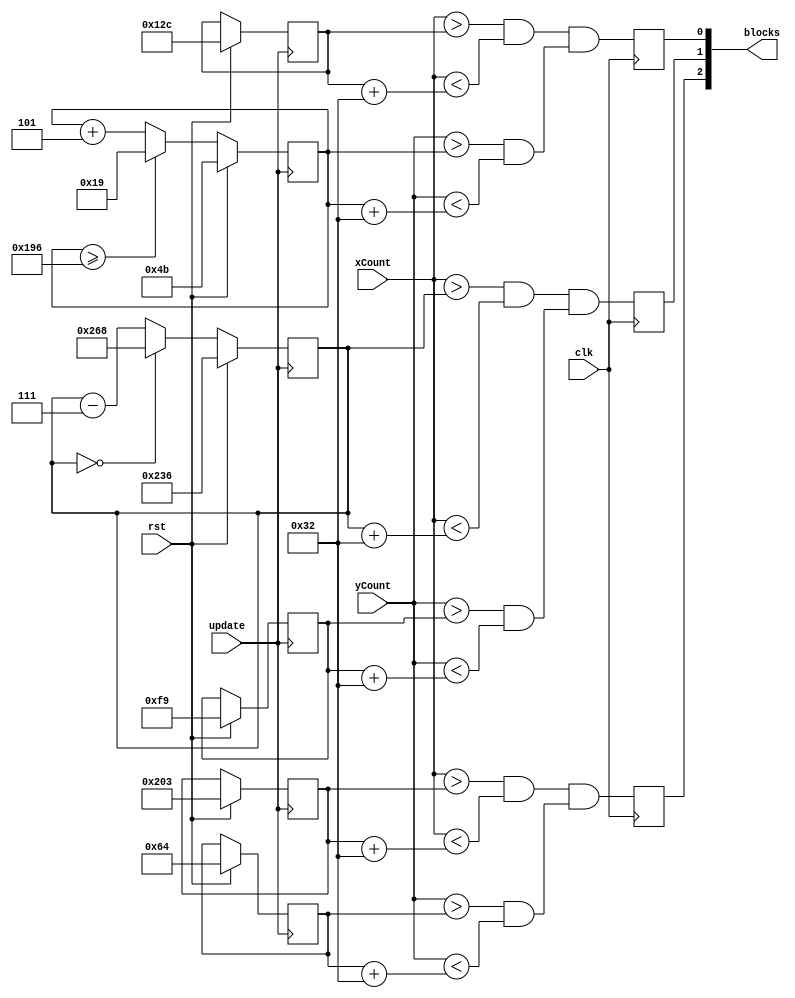
module level0_generator(clk, update, rst, xCount, yCount, blocks);	//this module generates the tester blocks
input clk, rst, update;

input [9:0]xCount;
input [9:0]yCount;
wire [9:0] xCount;
wire [9:0] yCount;


output [15:0]blocks; //there are 3 different blocks, so each need a separate controller
//vertical
assign blocks[0] = blockV;
//horizontal
assign blocks[1] = blockH;
//stationary
assign blocks[2] = blockS;

//vertical
reg blockV;
//horizontal
reg blockH;
//stationary
reg blockS;

//vertical
reg [9:0] blockVX [0:31];
reg [8:0] blockVY [0:31];
//horizontal
reg [9:0] blockHX [0:31];
reg [8:0] blockHY [0:31];
//stationary
reg [9:0] blockSX [0:31];
reg [8:0] blockSY [0:31];

//controls block sizes
always@(posedge clk) 
	begin	
		//vertical block
		blockV <= (xCount > blockVX[0] && xCount < (blockVX[0] + 10'd50)) && (yCount > blockVY[0] && yCount < (blockVY[0] + 10'd50));
		//horizontal block
		blockH <= (xCount > blockHX[0] && xCount < (blockHX[0] + 10'd50)) && (yCount > blockHY[0] && yCount < (blockHY[0] + 10'd50));
		//stationary block
		blockS <= (xCount > blockSX[0] && xCount < (blockSX[0] + 10'd50)) && (yCount > blockSY[0] && yCount < (blockSY[0] + 10'd50));
	end



// Veritcal block control
always @(posedge update)
	begin
		if (rst == 1'b1) // starting position
			begin 
				blockVX[0] <= 10'd300;
				blockVY[0] <= 9'd75;
			end
		else if (blockVY[0] >= 9'd406)
			blockVY[0] <= 9'd25; // respawn the block
		else
			blockVY[0] <= blockVY[0] + 9'd5;
	end
	
// Horizontal block control
always @(posedge update)
	begin
		if (rst == 1'b1) // starting position
			begin
				blockHX[0] = 10'd566;
				blockHY[0] = 9'd249;
			end
		else if (blockHX[0] == 10'd0)
			blockHX[0] <= 10'd616; // respawn block
		else
			blockHX[0] <= blockHX[0] - 10'd7;
	end

// Stationary block control
always @(posedge update)
	begin
		if (rst == 1'b1) // position
			begin 
				blockSX[0] <= 10'd515;
				blockSY[0] <= 9'd100;
			end
	end


endmodule